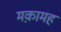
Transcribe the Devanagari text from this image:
मक़ामह